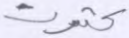
كثرت